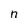
Character: n